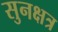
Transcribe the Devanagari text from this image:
सुनक्षत्र